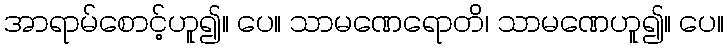
အာရာမ်စောင့်ဟူ၍။ ပေ။ သာမဏေရောတိ၊ သာမဏေဟူ၍။ ပေ။